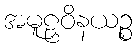
အမူဠှဝိနယဉ္စ